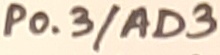
Text: P0.3/AD3